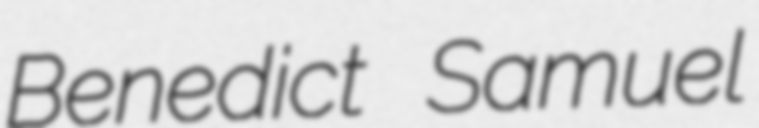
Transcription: Benedict Samuel